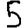
Digit: 5